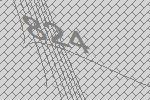
824